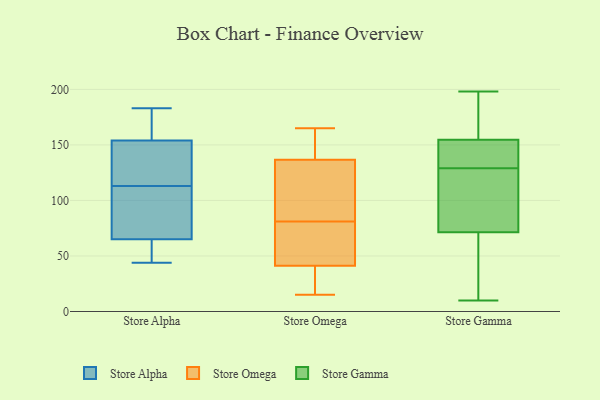
{"axis": {"x": "Humidity (%)", "y": "Value"}, "legend": ["Store Alpha", "Store Gamma", "Store Omega"], "data": [{"x": "", "y": 183, "type": "Store Alpha"}, {"x": "", "y": 158, "type": "Store Alpha"}, {"x": "", "y": 76, "type": "Store Alpha"}, {"x": "", "y": 160, "type": "Store Alpha"}, {"x": "", "y": 103, "type": "Store Alpha"}, {"x": "", "y": 131, "type": "Store Alpha"}, {"x": "", "y": 123, "type": "Store Alpha"}, {"x": "", "y": 44, "type": "Store Alpha"}, {"x": "", "y": 52, "type": "Store Alpha"}, {"x": "", "y": 150, "type": "Store Alpha"}, {"x": "", "y": 58, "type": "Store Alpha"}, {"x": "", "y": 72, "type": "Store Alpha"}, {"x": "", "y": 36, "type": "Store Omega"}, {"x": "", "y": 161, "type": "Store Omega"}, {"x": "", "y": 165, "type": "Store Omega"}, {"x": "", "y": 81, "type": "Store Omega"}, {"x": "", "y": 84, "type": "Store Omega"}, {"x": "", "y": 131, "type": "Store Omega"}, {"x": "", "y": 154, "type": "Store Omega"}, {"x": "", "y": 42, "type": "Store Omega"}, {"x": "", "y": 42, "type": "Store Omega"}, {"x": "", "y": 50, "type": "Store Omega"}, {"x": "", "y": 39, "type": "Store Omega"}, {"x": "", "y": 15, "type": "Store Omega"}, {"x": "", "y": 89, "type": "Store Omega"}, {"x": "", "y": 147, "type": "Store Gamma"}, {"x": "", "y": 154, "type": "Store Gamma"}, {"x": "", "y": 39, "type": "Store Gamma"}, {"x": "", "y": 147, "type": "Store Gamma"}, {"x": "", "y": 10, "type": "Store Gamma"}, {"x": "", "y": 157, "type": "Store Gamma"}, {"x": "", "y": 129, "type": "Store Gamma"}, {"x": "", "y": 103, "type": "Store Gamma"}, {"x": "", "y": 140, "type": "Store Gamma"}, {"x": "", "y": 15, "type": "Store Gamma"}, {"x": "", "y": 157, "type": "Store Gamma"}, {"x": "", "y": 116, "type": "Store Gamma"}, {"x": "", "y": 21, "type": "Store Gamma"}, {"x": "", "y": 185, "type": "Store Gamma"}, {"x": "", "y": 198, "type": "Store Gamma"}, {"x": "", "y": 82, "type": "Store Gamma"}, {"x": "", "y": 86, "type": "Store Gamma"}]}